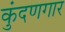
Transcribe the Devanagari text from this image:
कुंदणगार